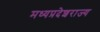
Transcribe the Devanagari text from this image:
मध्यप्रदेशराज्य